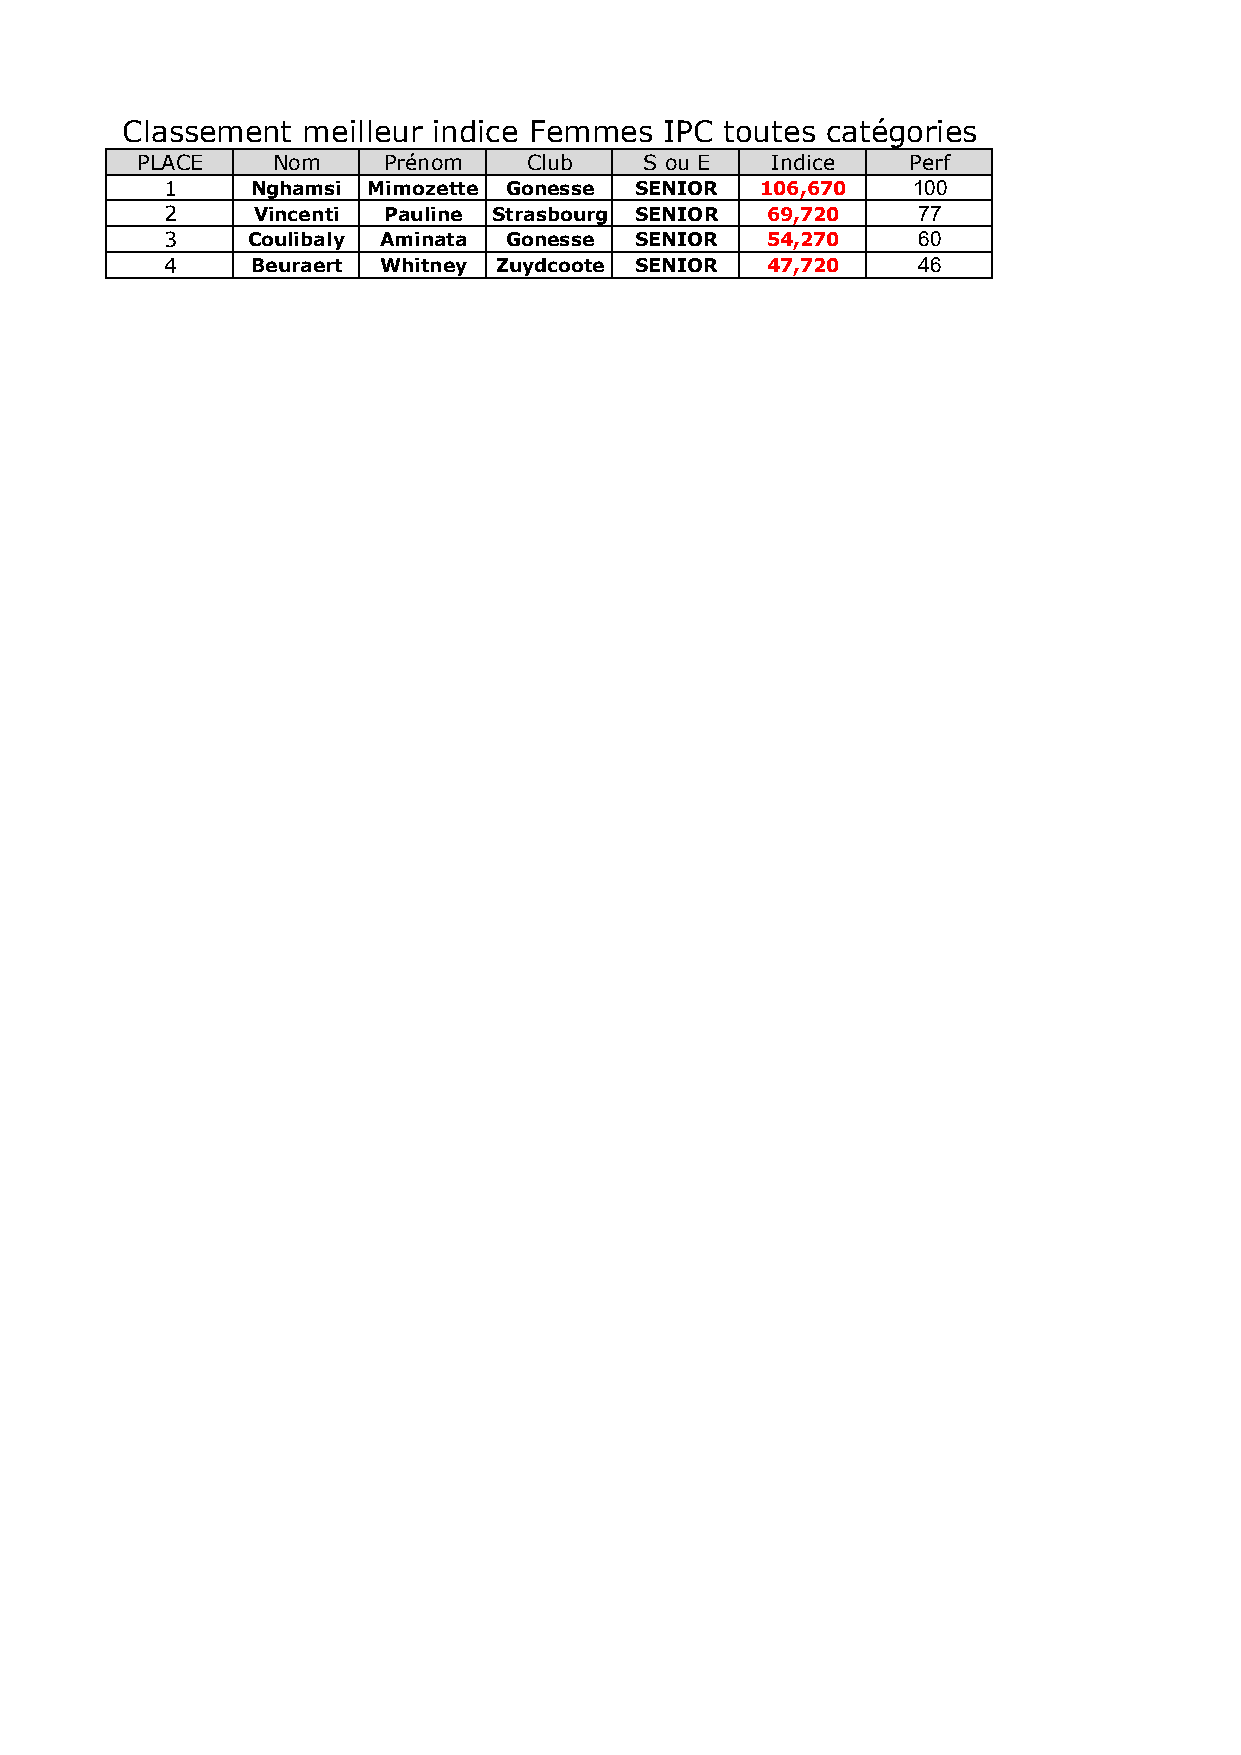
Classement  meilleur indice Femmes  IPC toutes catégories
 PLACE    Nom    Prénom    Club    S ou E  Indice   Perf
 1     Nghamsi Mimozette Gonesse SENIOR 106,670   100
 2     Vincenti Pauline Strasbourg SENIOR 69,720   77
 3    Coulibaly Aminata Gonesse SENIOR   54,270    60
 4     Beuraert Whitney Zuydcoote SENIOR 47,720    46